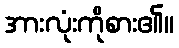
အားလုံးကိုစား၏။